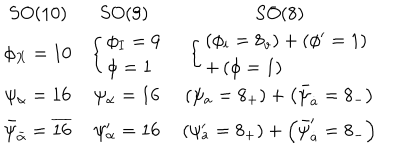
LaTeX: \begin{array} { c c c } { { S O ( 1 0 ) } } & { { S O ( 9 ) \begin{array} { l } \end{array} } } & { { S O ( 8 ) } } \\ { { \phi _ { X } = 1 0 } } & { { \left\{ \begin{array} { l } { { \phi _ { I } = 9 } } \\ { { \phi = 1 } } \\ \end{array} \right. } } & { { \left\{ \begin{array} { l } { { \left( \phi _ { i } = 8 _ { v } \right) + \left( \phi ^ { \prime } = 1 \right) } } \\ { { + \left( \phi = 1 \right) } } \\ \end{array} \right. } } \\ { { \psi _ { \alpha } = 1 6 } } & { { \psi _ { \alpha } = 1 6 } } & { { \left( \psi _ { a } = 8 _ { + } \right) + \left( \bar { \psi } _ { \dot { a } } = 8 _ { - } \right) } } \\ { { \bar { \psi } _ { \bar { \alpha } } = \overline { { { 1 6 } } } } } & { { \psi _ { \alpha } ^ { \prime } = 1 6 } } & { { \left( \psi _ { a } ^ { \prime } = 8 _ { + } \right) + \left( \bar { \psi } _ { \dot { a } } ^ { \prime } = 8 _ { - } \right) } } \\ \end{array}